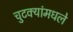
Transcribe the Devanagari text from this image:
चुटक्यांमधले